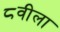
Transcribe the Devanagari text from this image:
८वीला